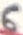
Text: 6